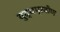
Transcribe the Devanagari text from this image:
युद्धप्रवीण